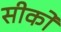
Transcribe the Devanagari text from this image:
सीको